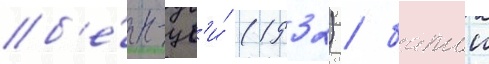
б'е́н-цв'и́ (1932) / батьи